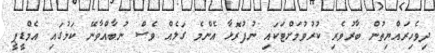
ދިވެހިރައްޔިތުން ބާރުވެރި ކުރުވުމަށްޓަކައި ނުފުރޮޅާ އެންމެ ގަލެއް ވެސް ނުބާއްވާނޭ ކަމުގައި އެމްޑީޕީ